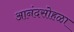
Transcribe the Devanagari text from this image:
आनंदसोहळा